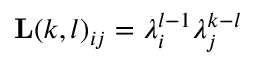
\mathbf { L } ( k , l ) _ { i j } = \lambda _ { i } ^ { l - 1 } \lambda _ { j } ^ { k - l }